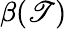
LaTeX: \beta(\mathscr{T})